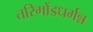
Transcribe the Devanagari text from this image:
तरिगोंडधर्मन्न